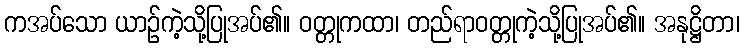
ကအပ်သော ယာဉ်ကဲ့သို့ပြုအပ်၏။ ဝတ္တုကထာ၊ တည်ရာဝတ္တုကဲ့သို့ပြုအပ်၏။ အနုဋ္ဌိတာ၊